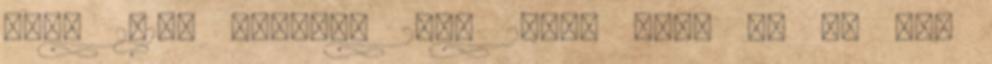
vita 2018. április 28., 20:00 CEST Ok Én nem